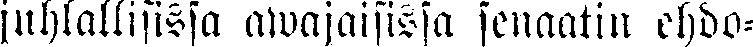
juhlallisissa awajaisissa senaatin ehdo-